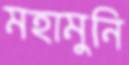
মহামুনি